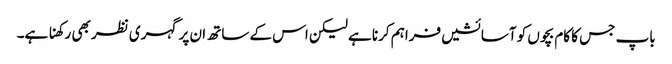
باپ جس کا کام بچوں کو آسائشیں فراہم کرنا ہے لیکن اس کے ساتھ ان پر گہری نظر بھی رکھنا ہے۔